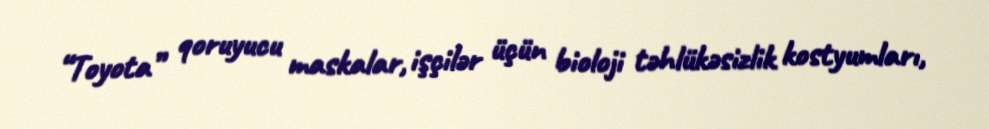
“Toyota” qoruyucu maskalar, işçilər üçün bioloji təhlükəsizlik kostyumları,